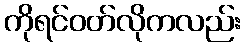
ကိုရင်ဝတ်လိုကလည်း